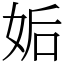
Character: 姤